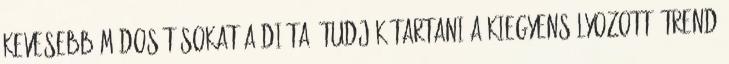
kevesebb módosításokat a diéta; tudják tartani a kiegyensúlyozott étrend